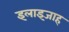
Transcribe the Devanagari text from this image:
इलाइजाह